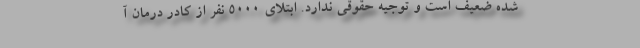
شده ضعیف است و توجیه حقوقی ندارد. ابتلای ۵۰۰۰ نفر از کادر درمان آ